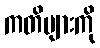
ကတိများကို